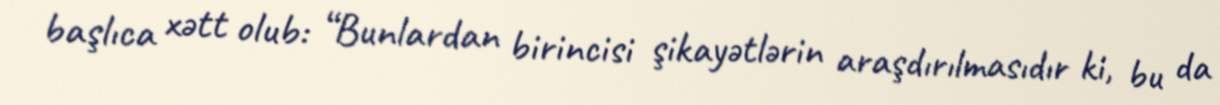
başlıca xətt olub: “Bunlardan birincisi şikayətlərin araşdırılmasıdır ki, bu da